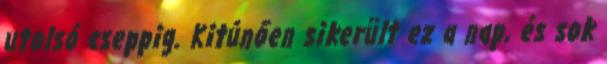
utolsó cseppig. Kitúnően sikerült ez a nap, és sok